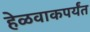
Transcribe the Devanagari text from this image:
हेळवाकपर्यंत